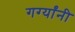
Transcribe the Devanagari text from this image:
गर्ग्यांनी